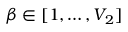
\beta \in [ 1 , \ldots , V _ { 2 } ]